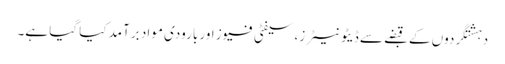
دہشتگردوں کے قبضے سے ڈیٹونیٹرز، سیفٹی فیوز اور بارودی مواد برآمد کیا گیا ہے۔